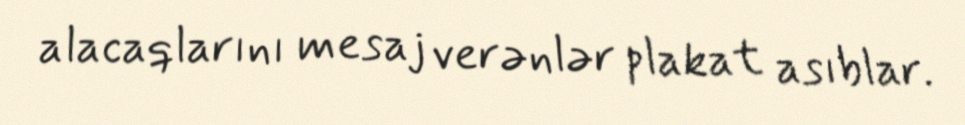
alacaqlarını mesaj verənlər plakat asıblar.